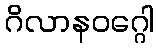
ဂိလာနဝဂ္ဂေါ